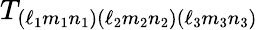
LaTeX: T_{(\ell_{1}m_{1}n_{1})(\ell_{2}m_{2}n_{2})(\ell_{3}m_{3}n_{3})}